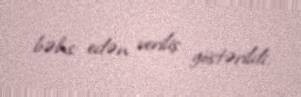
bəhs edən veriliş göstərildi.